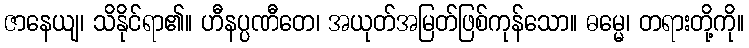
ဇာနေယျ၊ သိနိုင်ရာ၏။ ဟီနပ္ပဏီတေ၊ အယုတ်အမြတ်ဖြစ်ကုန်သော။ ဓမ္မေ၊ တရားတို့ကို။